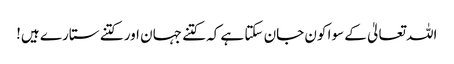
اللہ تعالیٰ کے سوا کون جان سکتا ہے کہ کتنے جہان اور کتنے ستارے ہیں!